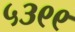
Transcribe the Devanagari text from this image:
५३९९